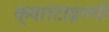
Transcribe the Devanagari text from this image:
क्वारंटाइनची